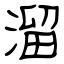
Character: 溜